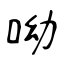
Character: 呦